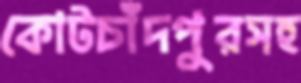
কোটচাঁদপুরসহ